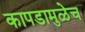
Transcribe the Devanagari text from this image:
कापडामुळेच